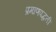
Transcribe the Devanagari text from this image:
प्रमाणपद्धती